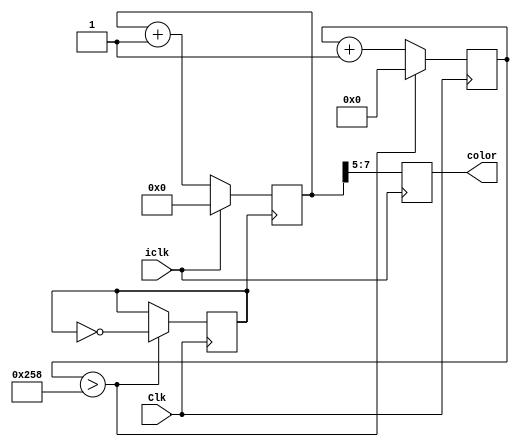
module spin(
	output reg [2:0]color,
	input Clk,
	input iclk
);
	reg [7:0]cnt;
	reg [9:0] divcount;
	reg divclk;
	
	initial cnt <= 8'b0;
	
	always@(posedge Clk)//600 
		if(divcount>600)begin
			divclk <= ~divclk;
			divcount <= 0;
		end
		else
			divcount <= divcount + 1;
	
	always@(posedge divclk)
		if(~iclk)
			cnt <= cnt+1'b1;
		else
			cnt <= 0;
	
	always@(posedge iclk)
		color <= cnt[7:5];
		
endmodule